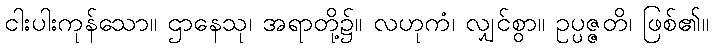
ငါးပါးကုန်သော။ ဌာနေသု၊ အရာတို့၌။ လဟုကံ၊ လျှင်စွာ။ ဥပ္ပဇ္ဇတိ၊ ဖြစ်၏။